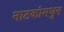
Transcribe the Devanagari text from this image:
नाटकांमधुन